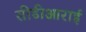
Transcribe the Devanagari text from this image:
सीडीआराई